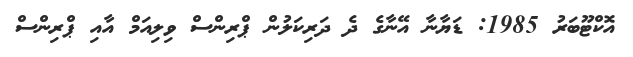
އޮކްޓޫބަރު 1985: ޑަޔާނާ އޭނާގެ ދެ ދަރިކަލުން ޕްރިންސް ވިލިއަމް އާއި ޕްރިންސް